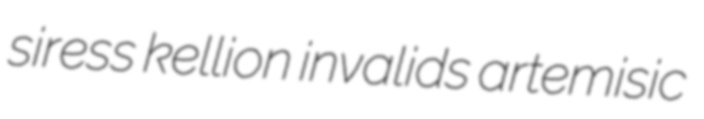
siress kellion invalids artemisic